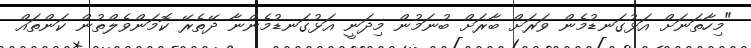
"މިހާތަނަށް އަޅުގަނޑުމެން ވަރަށް ބާރަށް ބުނަމުން މިދަނީ އަޅުގަނޑުމެންނާ ދޭތެރޭ ކޮމަންވެލްތުން ކަންތައް